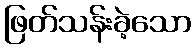
ဖြတ်သန်းခဲ့သော